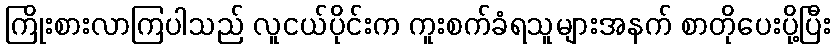
ကြိုးစားလာကြပါသည် လူငယ်ပိုင်းက ကူးစက်ခံရသူများအနက် စာတိုပေးပို့ပြီး